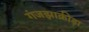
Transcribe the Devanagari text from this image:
गंजझाक्रीड़ा